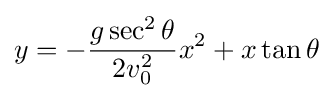
y=-{g\sec ^{2}\theta  \over 2v_{0}^{2}}x^{2}+x\tan \theta